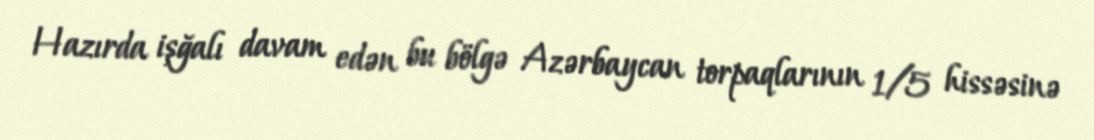
Hazırda işğalı davam edən bu bölgə Azərbaycan torpaqlarının 1/5 hissəsinə